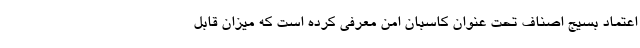
اعتماد بسیج اصناف تحت عنوان کاسبان امن معرفی کرده است که میزان قابل